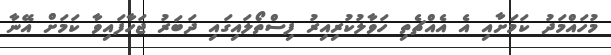
މުހައްމަދު ކަމަށާއި އެ އެއްޗެތި ހަވާލުކުރިއިރު ފިސްތޯލައިގައި ދަބަރު ޖަހާފައިވާ ކަމަށް އޭނާ